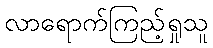
လာရောက်ကြည့်ရှုသူ